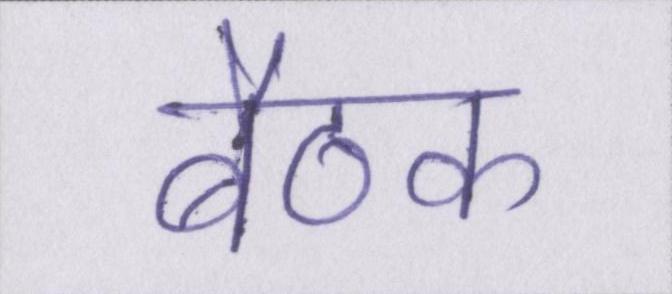
बैठक